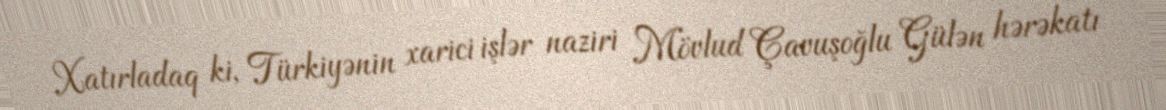
Xatırladaq ki, Türkiyənin xarici işlər naziri Mövlud Çavuşoğlu Gülən hərəkatı